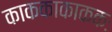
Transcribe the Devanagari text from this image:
काककाकाककः